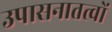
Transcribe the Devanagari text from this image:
उपासनातत्वों